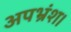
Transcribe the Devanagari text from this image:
अपभ्रंश।